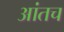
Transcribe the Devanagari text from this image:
आंतच